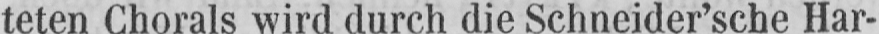
teten Chorals wird durch die Schneider’sche Har-